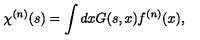
\chi ^ { ( n ) } ( s ) = \int d x G ( s , x ) f ^ { ( n ) } ( x ) ,